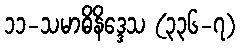
၁၁-သမာဓိနိဒ္ဒေသ (၃၃၆-၇)